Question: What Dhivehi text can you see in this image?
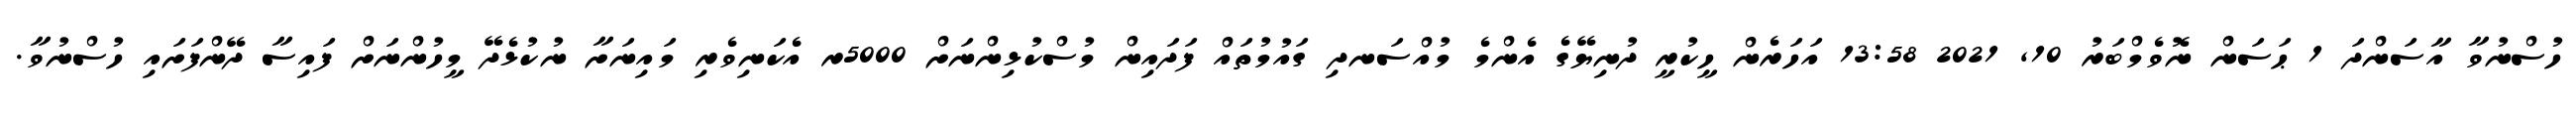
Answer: ހުސްނުވާ އާސަންދަ 1 ޙަސަން ނޮވެމްބަރު 10, 2021 13:58 އަހަރެން ހީކުރީ ދުނިޔޭގެ އެންމެ މުއްސަނދި ގައުމުތައް ފަދައިން މުސްކުޅިންނަށް 5000ރ އެކަނިވެރި މައިނަށާ ނުކުޅެދޭ މީހުންނަށް ފައިސާ ދޭންފަށައި ހުސްނުވާ.